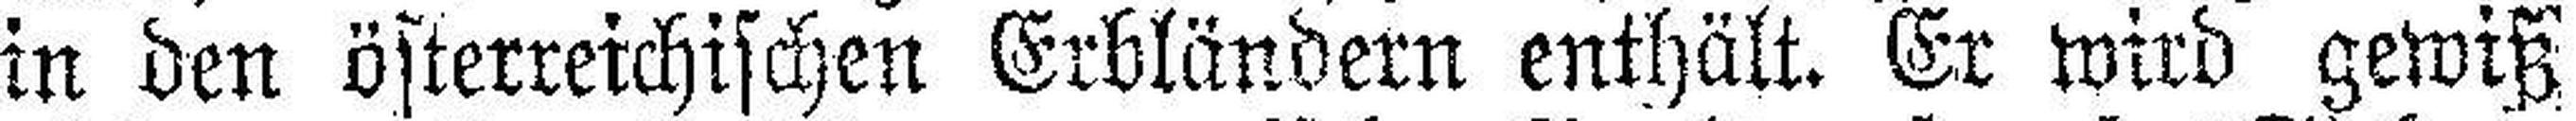
in den österreichischen Erbländern enthält. Er wird gewiß